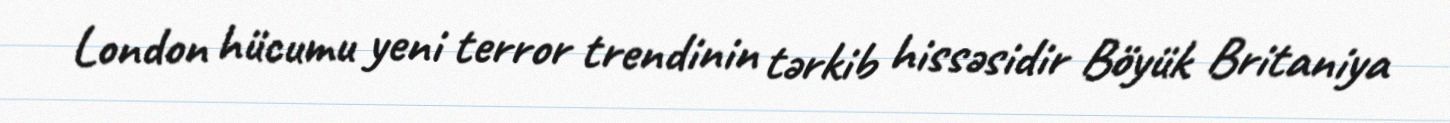
London hücumu yeni terror trendinin tərkib hissəsidir Böyük Britaniya